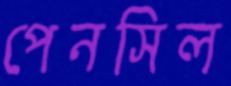
পেনসিল